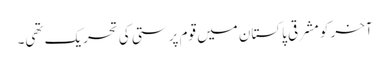
آخر کو مشرقی پاکستان میں قوم پرستی کی تحریک تھی۔